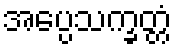
အပ္ပေသက္ခတ္တံ